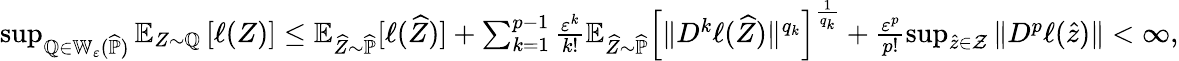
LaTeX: \begin{array}{r}{\operatorname*{sup}_{\mathbb Q\in\mathbb W_{\varepsilon}(\widehat{\mathbb P})}\mathbb E_{Z\sim\mathbb Q}\left[\ell(Z)\right]\leq\mathbb E_{\widehat Z\sim\widehat{\mathbb P}}[\ell(\widehat Z)]+\sum_{k=1}^{p-1}\frac{\varepsilon^{k}}{k!}\mathbb E_{\widehat Z\sim\widehat{\mathbb P}}\left[\| D^{k}\ell(\widehat Z)\| ^{q_{k}}\right]^{\frac{1}{q_{k}}}+\frac{\varepsilon^{p}}{p!}\operatorname*{sup}_{\widehat z\in\mathcal Z}\| D^{p}\ell(\widehat z)\| <\infty,}\end{array}